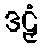
ဒဠှံ